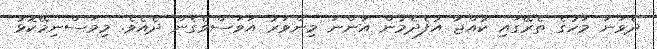
ދެވަނަ މަހުގެ ތެރޭގައި ކުއްޖާ އުފެދެމުން އަންނަ މިންވަރު އަވަސްވެގެން ދެއެވެ. މިމަސްނިމޭކޮޅު